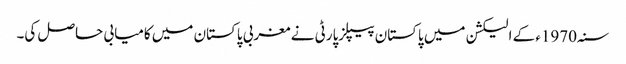
سنہ1970ء کے الیکشن میں پاکستان پیپلزپارٹی نے مغربی پاکستان میں کامیابی حاصل کی۔